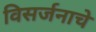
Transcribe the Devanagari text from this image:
विसर्जनाचे